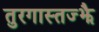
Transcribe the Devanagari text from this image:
तुरगास्तज्झै